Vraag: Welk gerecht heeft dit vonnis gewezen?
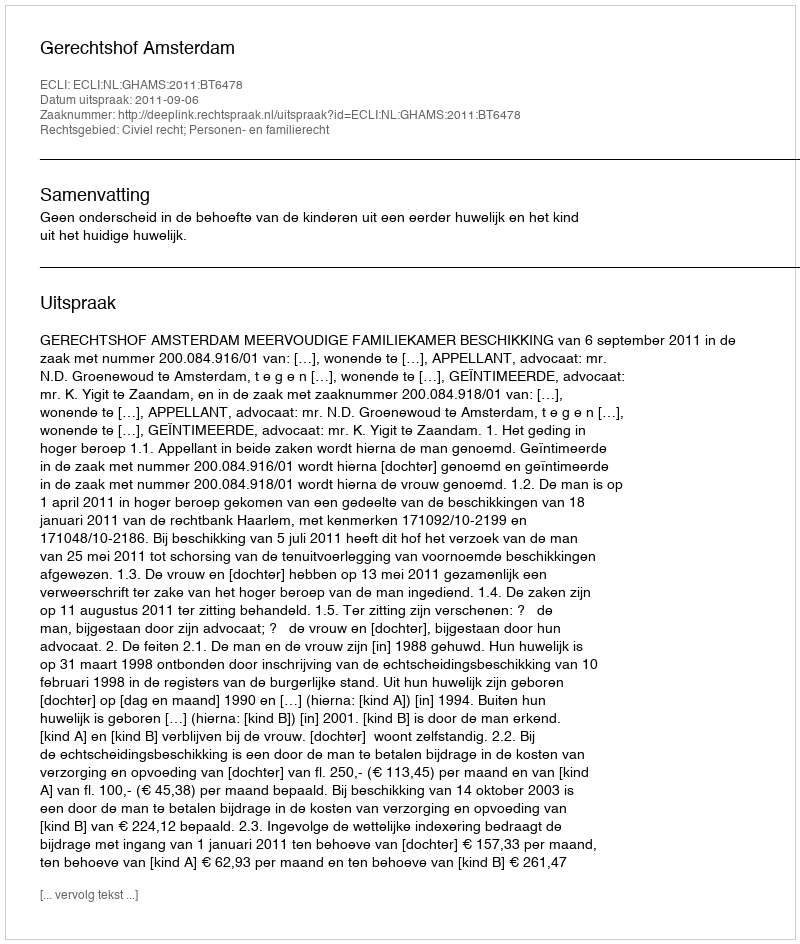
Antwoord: Gerechtshof Amsterdam